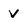
Character: v